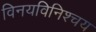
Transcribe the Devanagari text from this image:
विनयविनिश्चय